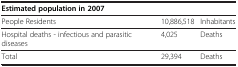
<table><thead><tr><td colspan="3"><b>Estimated population in 2007</b></td></tr></thead><tbody><tr><td>People Residents</td><td>10,886,518</td><td>Inhabitants</td></tr><tr><td>Hospital deaths - infectious and parasitic diseases</td><td>4,025</td><td>Deaths</td></tr><tr><td>Total</td><td>29,394</td><td>Deaths</td></tr></tbody></table>